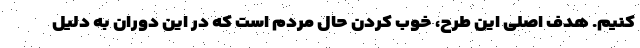
کنیم. هدف اصلی این طرح، خوب کردن حال مردم است که در این دوران به دلیل